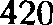
420